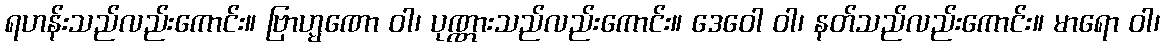
ရဟန်းသည်လည်းကောင်း။ ဗြာဟ္မဏော ဝါ၊ ပုဏ္ဏားသည်လည်းကောင်း။ ဒေဝေါ ဝါ၊ နတ်သည်လည်းကောင်း။ မာရော ဝါ၊